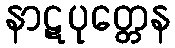
နာဋပုတ္တေန